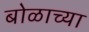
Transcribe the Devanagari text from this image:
बोळाच्या